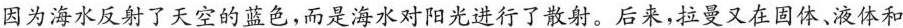
因为海水反射了天空的蓝色，而是海水对阳光进行了放射。后来，拉曼又在固体、液体和